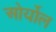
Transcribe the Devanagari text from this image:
ओर्योल